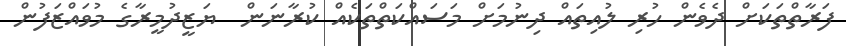
ފަރާތްތަކަށް ދެވެން ހުރި ލުއިތައް ދިނުމަށް މަސައްކަތްތަކެއް ކުރާނަން  ޔަޒީދުމީރާގެ މުވައްޒަފުން